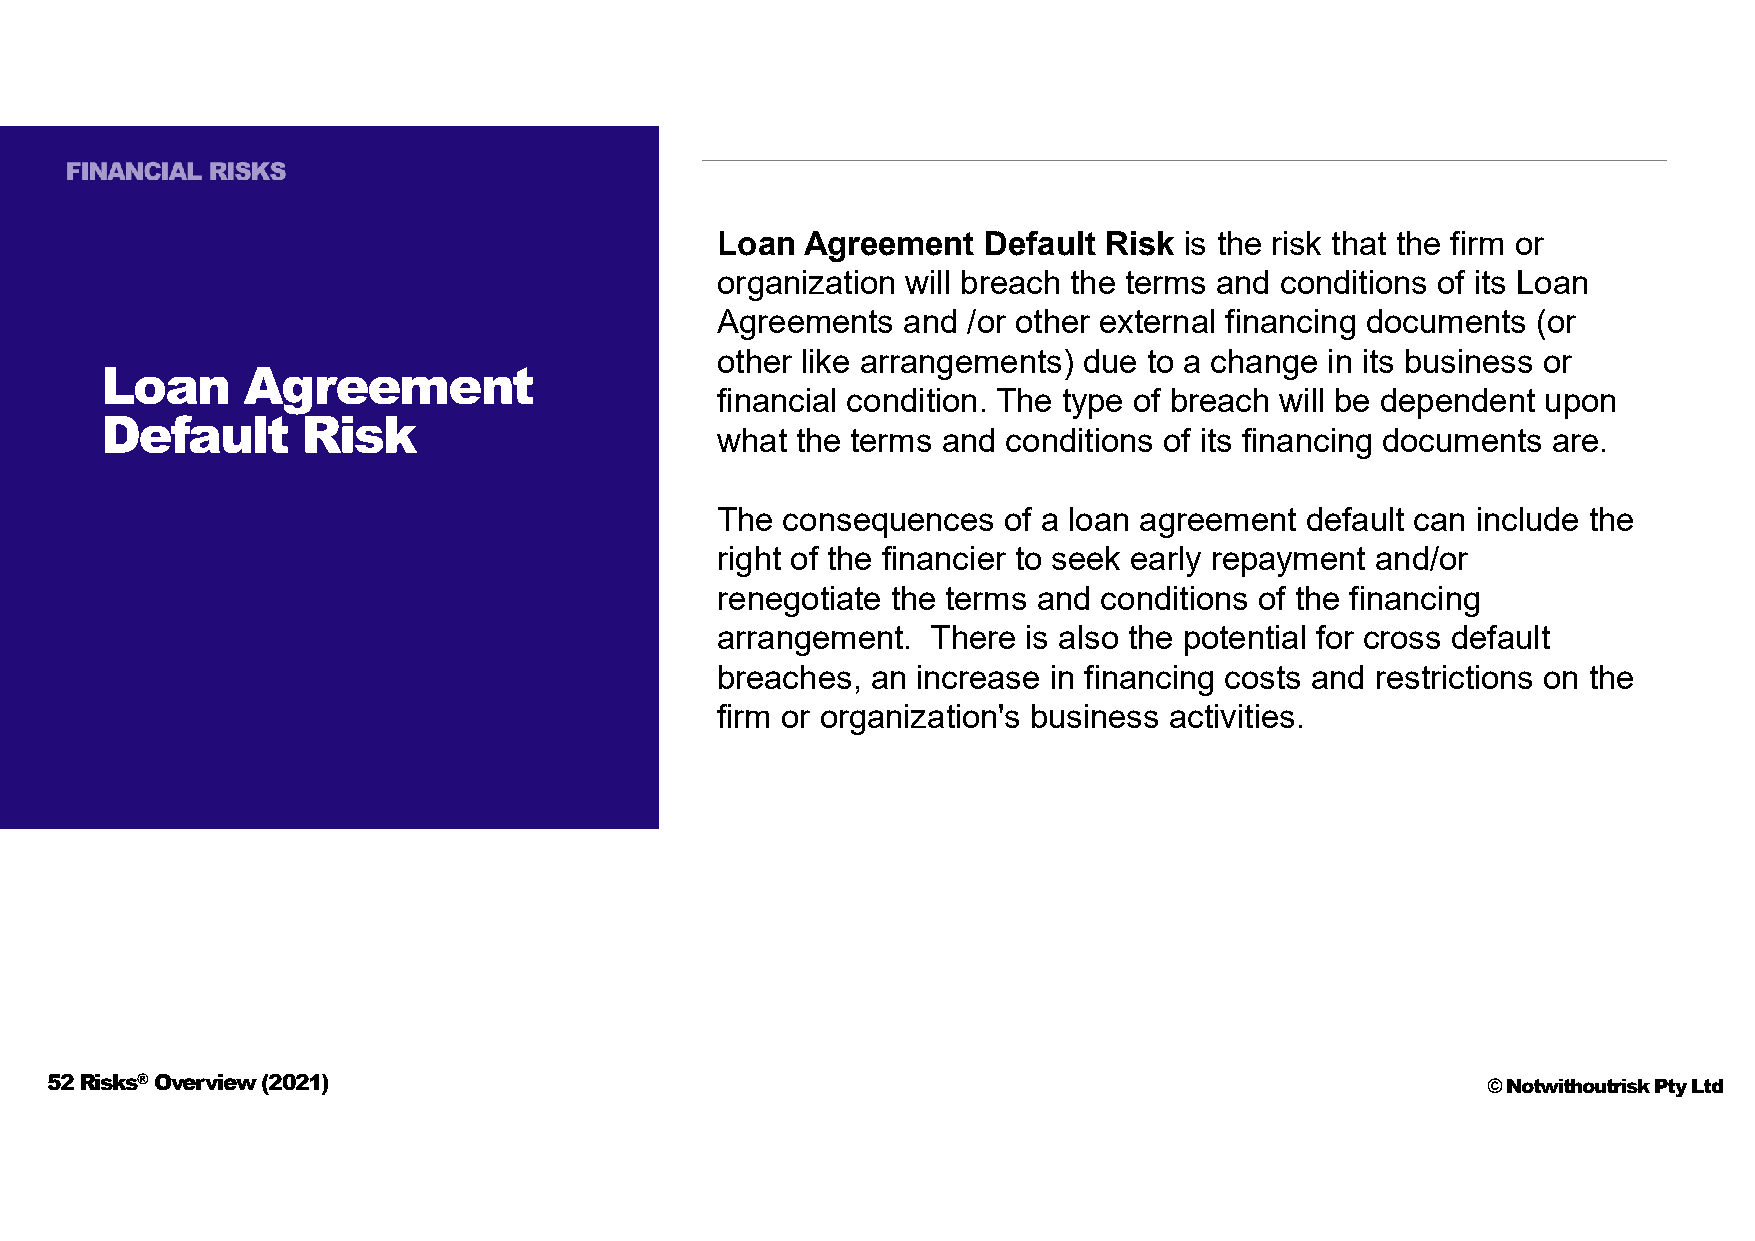
Loan  Agreement   Default Risk is the risk that the firm or
 organization will breach the terms and conditions of its Loan
 Agreements   and /or other external financing documents (or
 other like arrangements) due to a change in its business or
 Loan     Agreement
 financial condition. The type of breach will be dependent upon
 Default      Risk
 what  the terms and conditions of its financing documents are.
 The  consequences  of a loan agreement default can include the
 right of the financier to seek early repayment and/or
 renegotiate the terms and conditions of the financing
 arrangement.   There is also the potential for cross default
 breaches,  an increase in financing costs and restrictions on the
 firm or organization's business activities.
 52 Risks®Overview (2021)                                                                       © Notwithoutrisk Pty Ltd